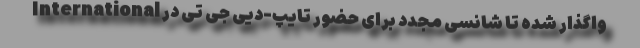
International واگذار شده تا شانسی مجدد برای حضور تایپ-دیی جی تی در